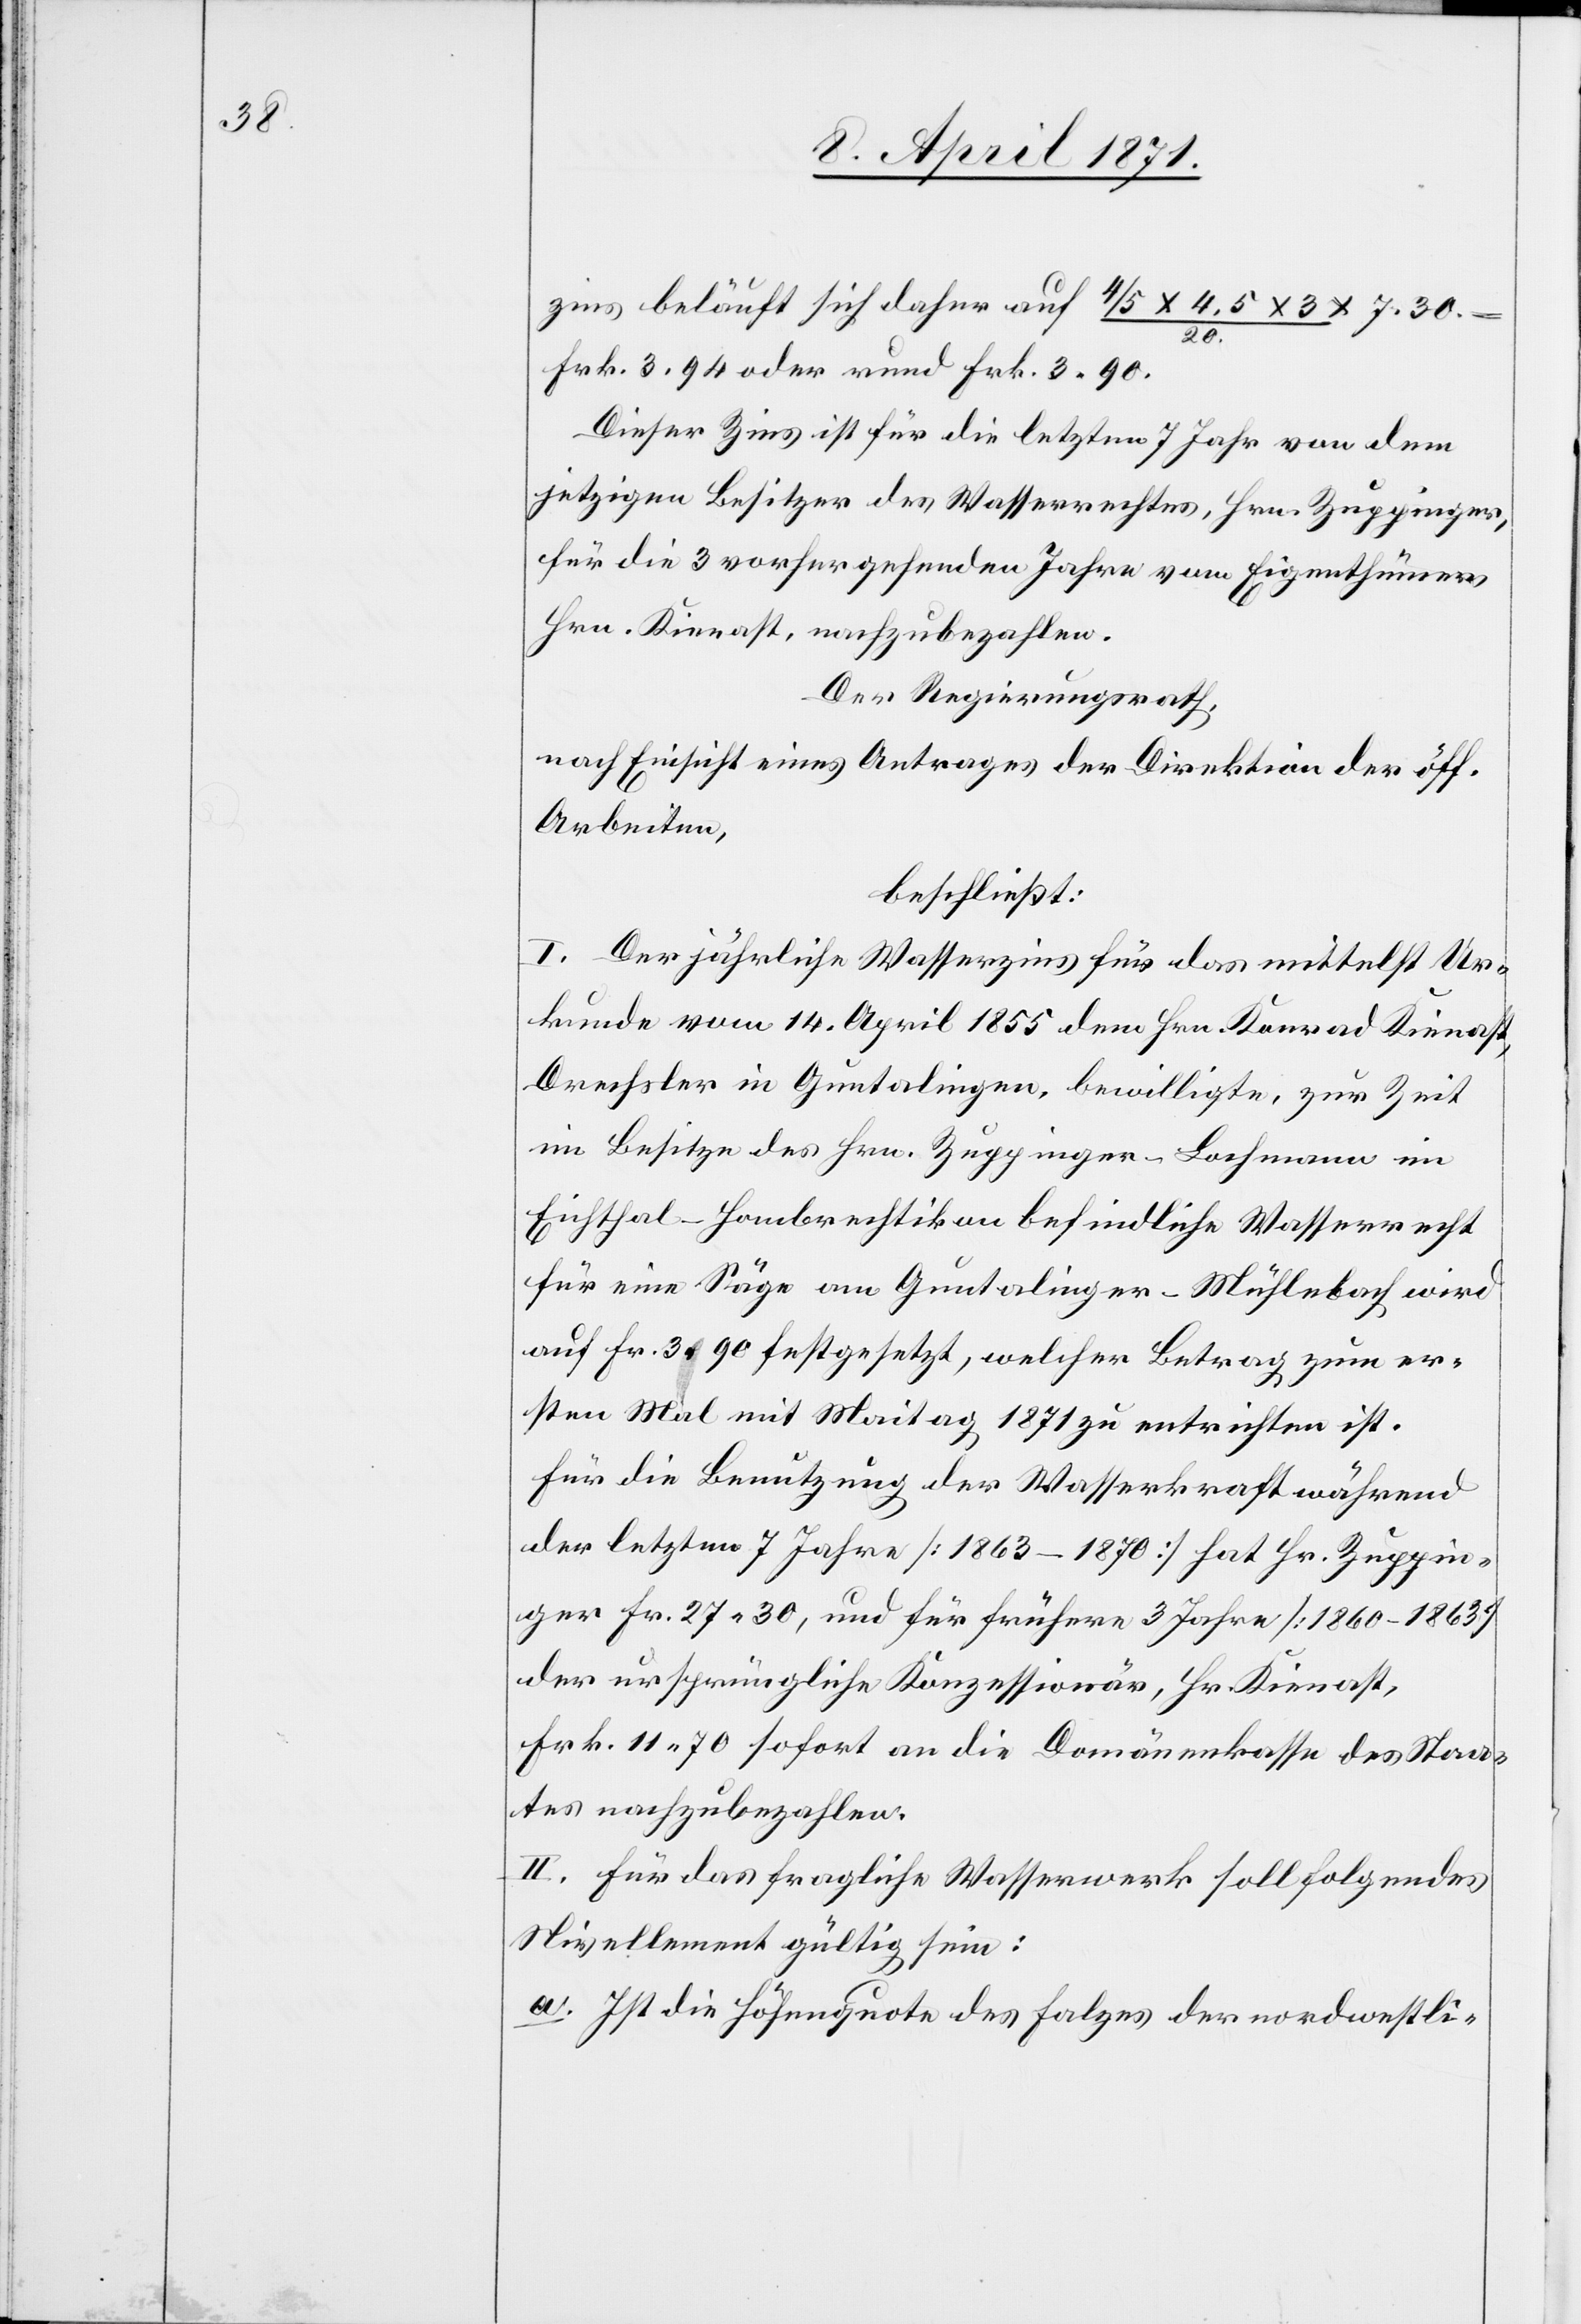
zins beläuft sich daher auf 4/5 x 4,5 x 3 / 20.
7.30
Fr. 3.94 oder rund Frk. 3.90.
Dieser Zins ist für die letzten 7 Jahre von dem
jetzigen Besitzer des Wasserrechtes, Hrn. Zuppinger,
für die 3 vorhergehenden Jahre vom Eigenthümer
Hrn. Kienast, nachzubezahlen.
Der Regierungsrath,
nach Einsicht eines Antrages der Direktion der öff.
Arbeiten,
beschließt:
I. Der jährliche Wasserzins für das mittelst Ur¬
kunde vom 14. April 1855 dem Hrn. Konrad Kienast,
Drechsler in Guntalingen, bewilligte, zur Zeit
im Besitze des Hrn. Zuppinger-Bachmann im
Eichthal-Hombrechtikon befindliche Wasserrecht
für eine Säge am Guntalinger-Mühlebach wird
auf Fr. 3.90 festgesetzt, welcher Betrag zum er¬
sten Mal mit Maitag 1871 zu entrichten ist.
Für die Benutzung der Wasserkraft während
der letzten 7 Jahre [1863–1870] hat Hr. Zuppin¬
ger Fr. 27,30, und für frühere 3 Jahre [1860–1863]
der ursprüngliche Konzessionär, Hr. Kienast,
Frk. 11,70 sofort an die Domänenkasse des Staa¬
tes nachzubezahlen.
II. Für das fragliche Wasserwerk soll folgendes
Nivellement gültig sein:
a. Ist die Höhenquote des Folgendes der nordwestli-